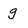
Character: g